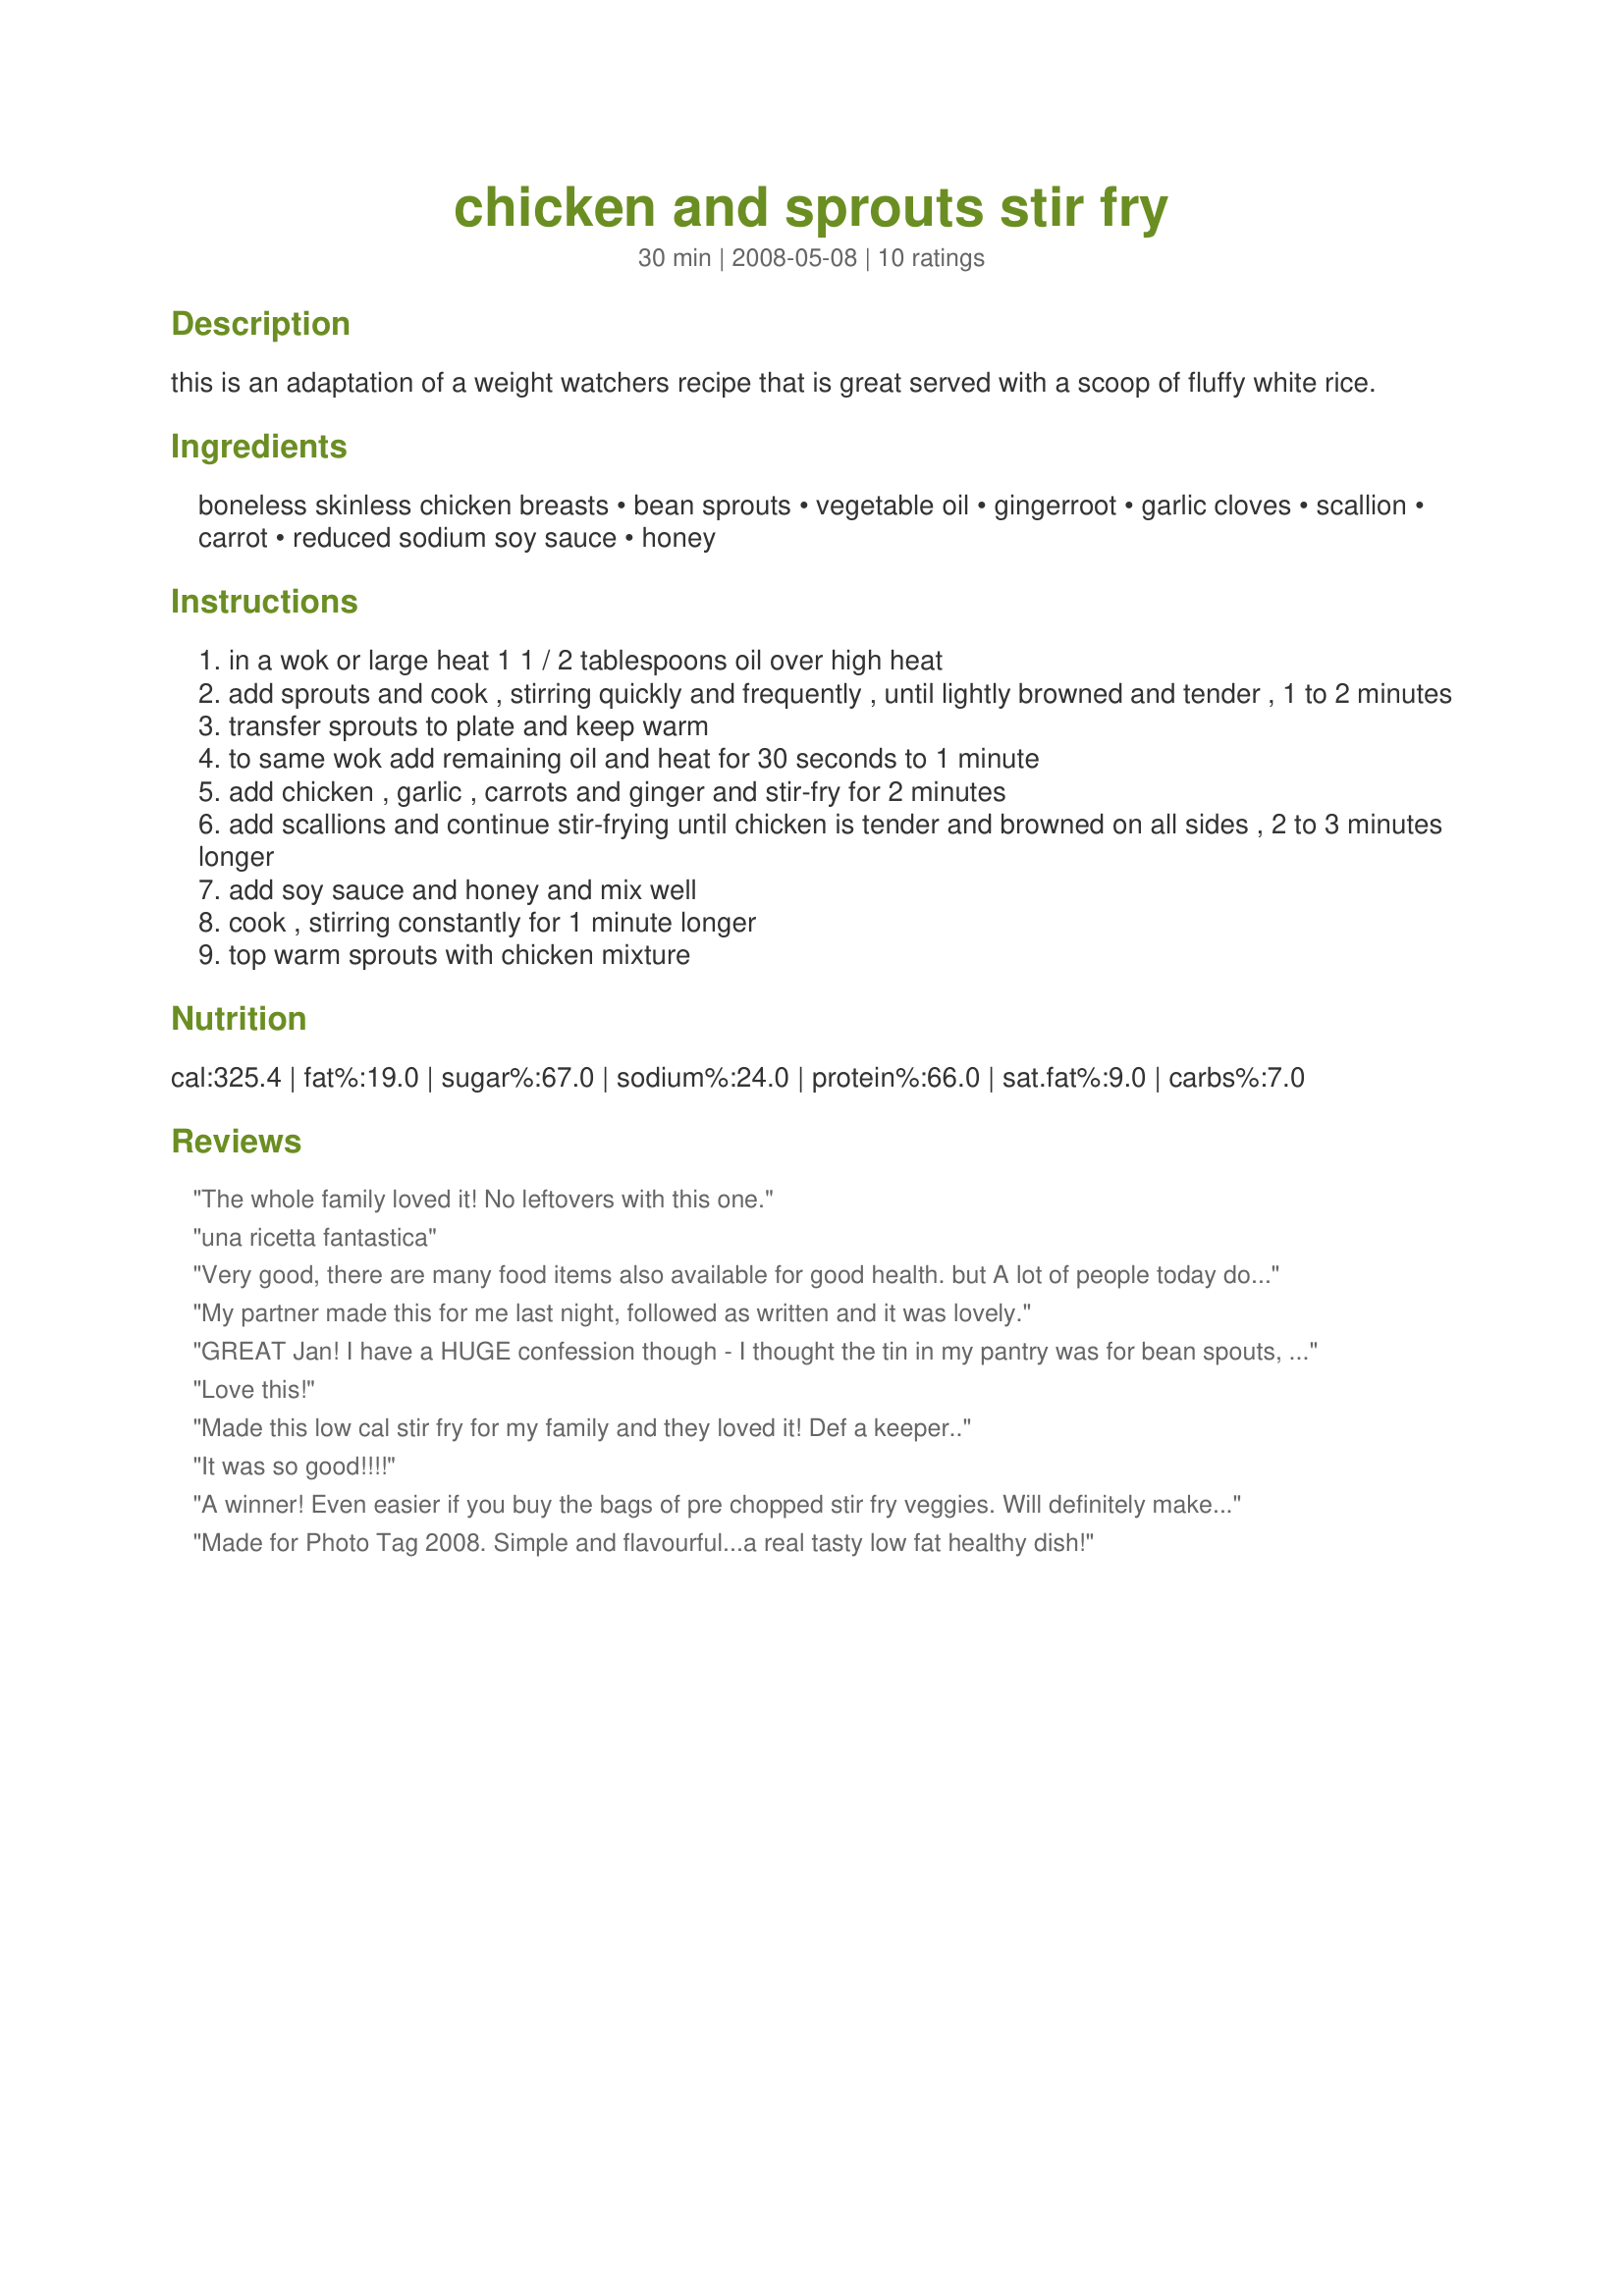
chicken and sprouts stir fry
Preparation time: 30 minutes

this is an adaptation of a weight watchers recipe that is great served with a scoop of fluffy white rice.

Ingredients:
boneless skinless chicken breasts, bean sprouts, vegetable oil, gingerroot, garlic cloves, scallion, carrot, reduced sodium soy sauce, honey

Steps:
in a wok or large heat 1 1 / 2 tablespoons oil over high heat
add sprouts and cook , stirring quickly and frequently , until lightly browned and tender , 1 to 2 minutes
transfer sprouts to plate and keep warm
to same wok add remaining oil and heat for 30 seconds to 1 minute
add chicken , garlic , carrots and ginger and stir-fry for 2 minutes
add scallions and continue stir-frying until chicken is tender and browned on all sides , 2 to 3 minutes longer
add soy sauce and honey and mix well
cook , stirring constantly for 1 minute longer
top warm sprouts with chicken mixture

Reviews:
The whole family loved it! No leftovers with this one.
una ricetta fantastica
Very good, there are many food items also available for good health. but A lot of people today don?t have time to prepare elaborate dinners mainly because these things simply take too much time. However, this isn?t really the case. From vegetarian dishes to old-fashioned delectable suppers, you can easily satisfy your loved ones with a hearty meal that is very easy and fast to do.<br/><br/>For all vegetarians, there are a lot of simple meals that can be done in less than 30 minutes. The best part is, these two dishes are perfect for kids too.
My partner made this for me last night, followed as written and it was lovely.
GREAT Jan! I have a HUGE confession though - I thought the tin in my pantry was for bean spouts, but it was for bamboo shoots!! I could not wait, as I had prepped all the vegetables and had cubed the chicken, so I went ahead as posted with bamboo shoots instead of bean sprouts! This was easy, tasty and packed a nice punch! I added a little chilli sauce towards the end and we ate this with plain white rice. Made for Holiday tag and also the Asian tag event in the Photo's forum. Merci Jan! FT
:-)
Love this!
Made this low cal stir fry for my family and they loved it! Def a keeper..
It was so good!!!!
A winner! Even easier if you buy the bags of pre chopped stir fry veggies. Will definitely make this one again. We didn&#039;t have sprouts at the grocery so I served over rice instead.
Made for Photo Tag 2008.
Simple and flavourful...a real tasty low fat healthy dish!
